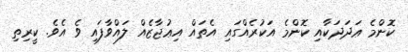
ކޮންމެ ޢަދަދަކާއި ކޮންމެ އަކުރެއްގައި އެތައް އިޢުޖާޒެއް ލައްވާފައި ވެ އެވެ. ކީރިތި